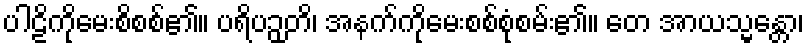
ပါဠိကိုမေးစိစစ်၏။ ပရိပဉှတိ၊ အနက်ကိုမေးစစ်စုံစမ်း၏။ တေ အာယသ္မန္တော၊